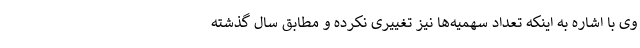
وی با اشاره به اینکه تعداد سهمیه‌ها نیز تغییری نکرده و مطابق سال گذشته